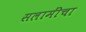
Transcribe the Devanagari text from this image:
सलामींचा